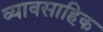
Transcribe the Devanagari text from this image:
व्यावसाहिक